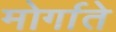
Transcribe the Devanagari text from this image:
मोर्गाते